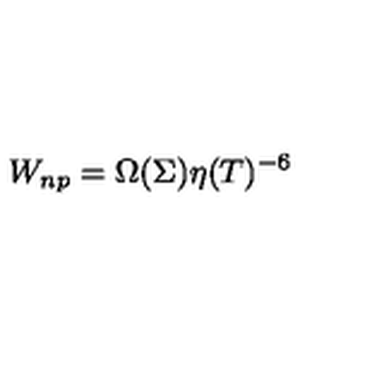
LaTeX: W _ { n p } = \Omega ( \Sigma ) \eta ( T ) ^ { - 6 }